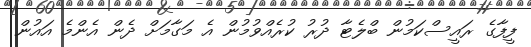
ފީފާގެ ރައީސްކަމުން ބްލެޓާ ދުރު ކުރެއްވުމުން އެ މަގާމަށް ދެން އެންމެ އައުން